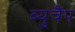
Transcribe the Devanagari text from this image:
ब्युचैंप